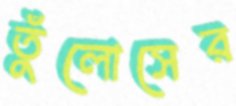
তুঁলোসের